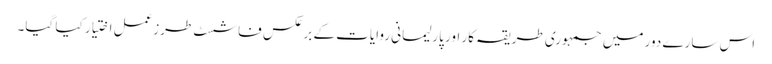
اس سارے دور میں جمہوری طریقہ کار اور پارلیمانی روایات کے برعکس فاشسٹ طرزعمل اختیار کیا گیا۔